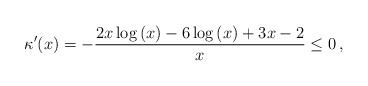
LaTeX: \begin{align*} \kappa'(x) = -\dfrac{2x\log\left(x\right) - 6\log\left(x\right) +3x-2 }{x} \le 0 \,, \end{align*}